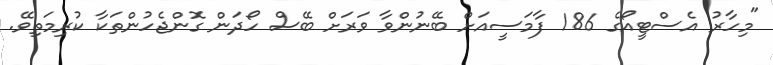
"މިހާރު އެސްޓީއޯގެ 186 ފާމަސީއަށް ބޭނުންވާ ވަރަށް ބޭސް ހޯދަން ގޮންޖެހުންތަކާ ކުރިމަތިވޭ.